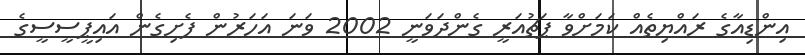
އިންޑިއާގެ ރައްޔިތެއް ކަމަށްވާ ޕަޗުއަރީ ގެންދަވަނީ 2002 ވަނަ އަހަރުން ފެށިގެން އައިޕީސީސީގެ